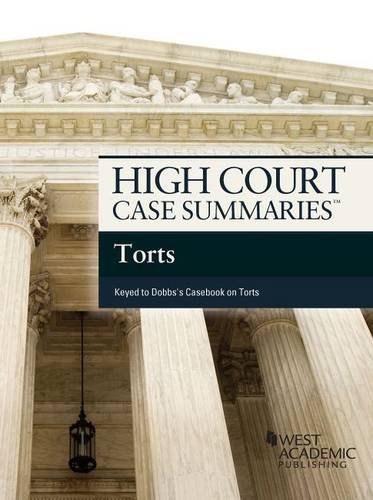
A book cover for High Court Case Summaries on Torts, Keyed to Dobbs,; Publishers Editorial Staff; Law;